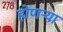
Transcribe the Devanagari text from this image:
होणऱ्या